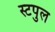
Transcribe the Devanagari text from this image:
स्टपुल